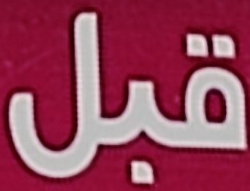
قبل